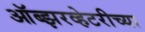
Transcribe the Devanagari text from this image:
ऑब्झरव्हेटरीच्या